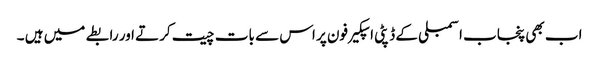
اب بھی پنجاب اسمبلی کے ڈپٹی اسپکیر فون پر اس سے بات چیت کرتے اور رابطے میں ہیں ۔